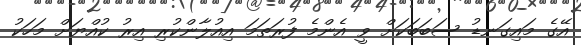
އޭގެ މައިގަނޑު ސަބަބަކަށް ވީ އެންމެ ފުރަތަމަ އިއުލާންކުރި އިރު ކުއްޔަށް މަހަކު